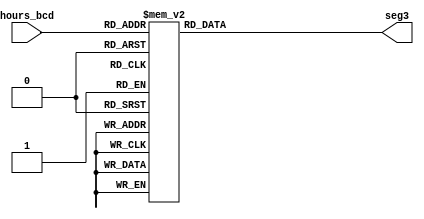
`timescale 1ns / 1ps
//////////////////////////////////////////////////////////////////////////////////
// Company: 
// Engineer: 
// 
// Design Name: 
// Module Name: Segments_hours
// Project Name: 
// Target Devices: 
// Tool Versions: 
// Description: 
// 
// Dependencies: 
// 
// Revision:
// Revision 0.01 - File Created
// Additional Comments:
// 
//////////////////////////////////////////////////////////////////////////////////



module Hours_segment(hours_bcd,seg3);

input [3:0] hours_bcd;
output reg [13:0] seg3;


always @ (hours_bcd)
begin
   case(hours_bcd)
           0: seg3 = 14'b0000001_0000001; // "0"     
           1: seg3 = 14'b0000001_1001111; // "1" 
           2: seg3 = 14'b0000001_0010010; // "2" 
           3: seg3 = 14'b0000001_0000110; // "3" 
           4: seg3 = 14'b0000001_1001100; // "4" 
           5: seg3 = 14'b0000001_0100100; // "5" 
           6: seg3 = 14'b0000001_0100000; // "6" 
           7: seg3 = 14'b0000001_0001111; // "7" 
           8: seg3 = 14'b0000001_0000000; // "8"     
           9: seg3 = 14'b0000001_0000100; // "9"
           
           10: seg3 = 14'b1001111_0000001; // "10"     
           11: seg3 = 14'b1001111_1001111; // "11" 
           12: seg3 = 14'b1001111_0010010; // "12" 
 
   
           default: seg3 = 14'b0000001_0000001;
    endcase
   
end    

endmodule